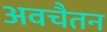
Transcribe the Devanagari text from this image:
अवचैतन